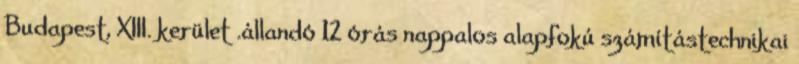
Budapest, XIII. kerület .állandó 12 órás nappalos alapfokú számítástechnikai